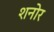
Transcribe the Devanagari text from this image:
शनोर